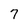
Character: 7